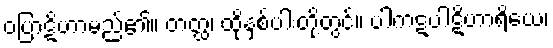
ဝပြာဋိဟာမည်၏။ တတ္ထ၊ ထိုနှစ်ပါးတို့တွင်။ ပါကဋပါဋိဟာရိယေ၊